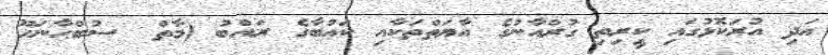
އަދި އުރަކޮޅުގައި ކީރިތި ގުރްއާނުގެ އާޔަތްތަކާއި ކަޢުބާގެ ރައްބު (މާތް  ސުބްޙާނަހޫ